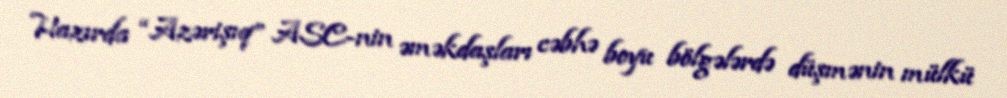
Hazırda “Azərişıq” ASC-nin əməkdaşları cəbhə boyu bölgələrdə düşmənin mülkü